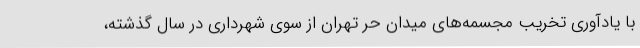
با یادآوری تخریب مجسمه‌های میدان حر تهران از سوی شهرداری در سال گذشته،